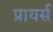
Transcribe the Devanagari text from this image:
प्रायर्स